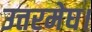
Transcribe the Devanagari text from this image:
उत्तरमेघ।